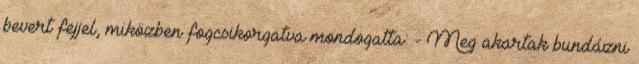
bevert fejjel, miközben fogcsikorgatva mondogatta: - Meg akartak bundázni